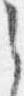
之